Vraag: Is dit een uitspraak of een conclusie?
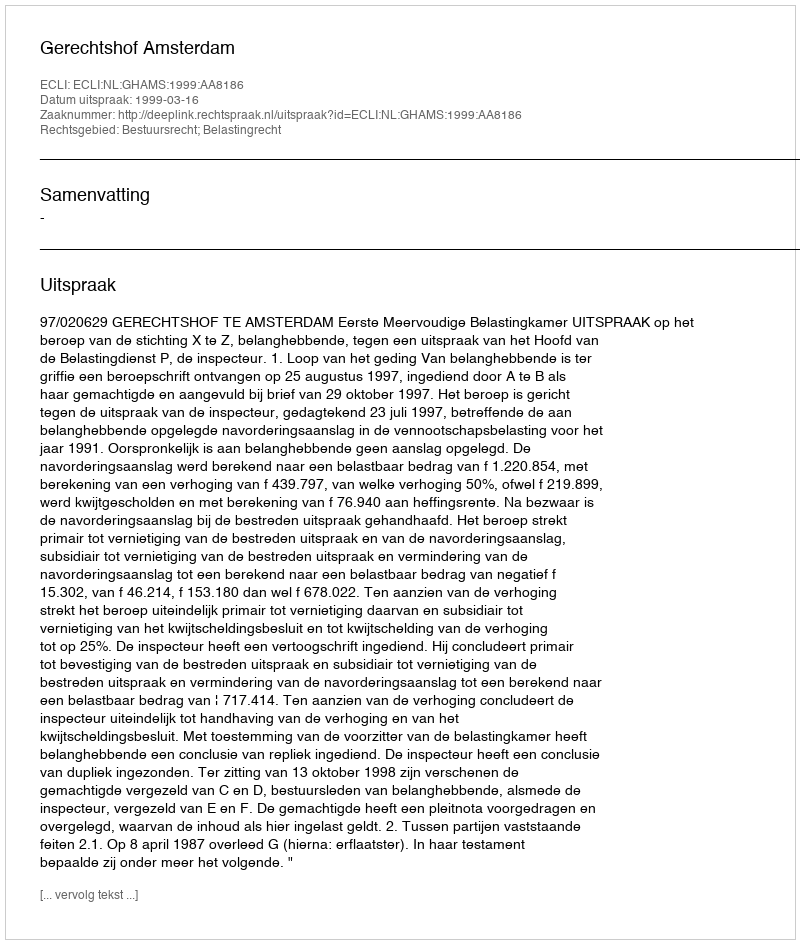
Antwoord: Uitspraak